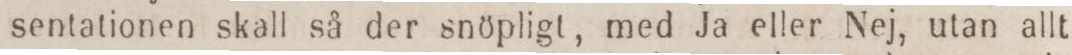
sentationen skall så der snöpligt, med Ja eller Nej, utan allt